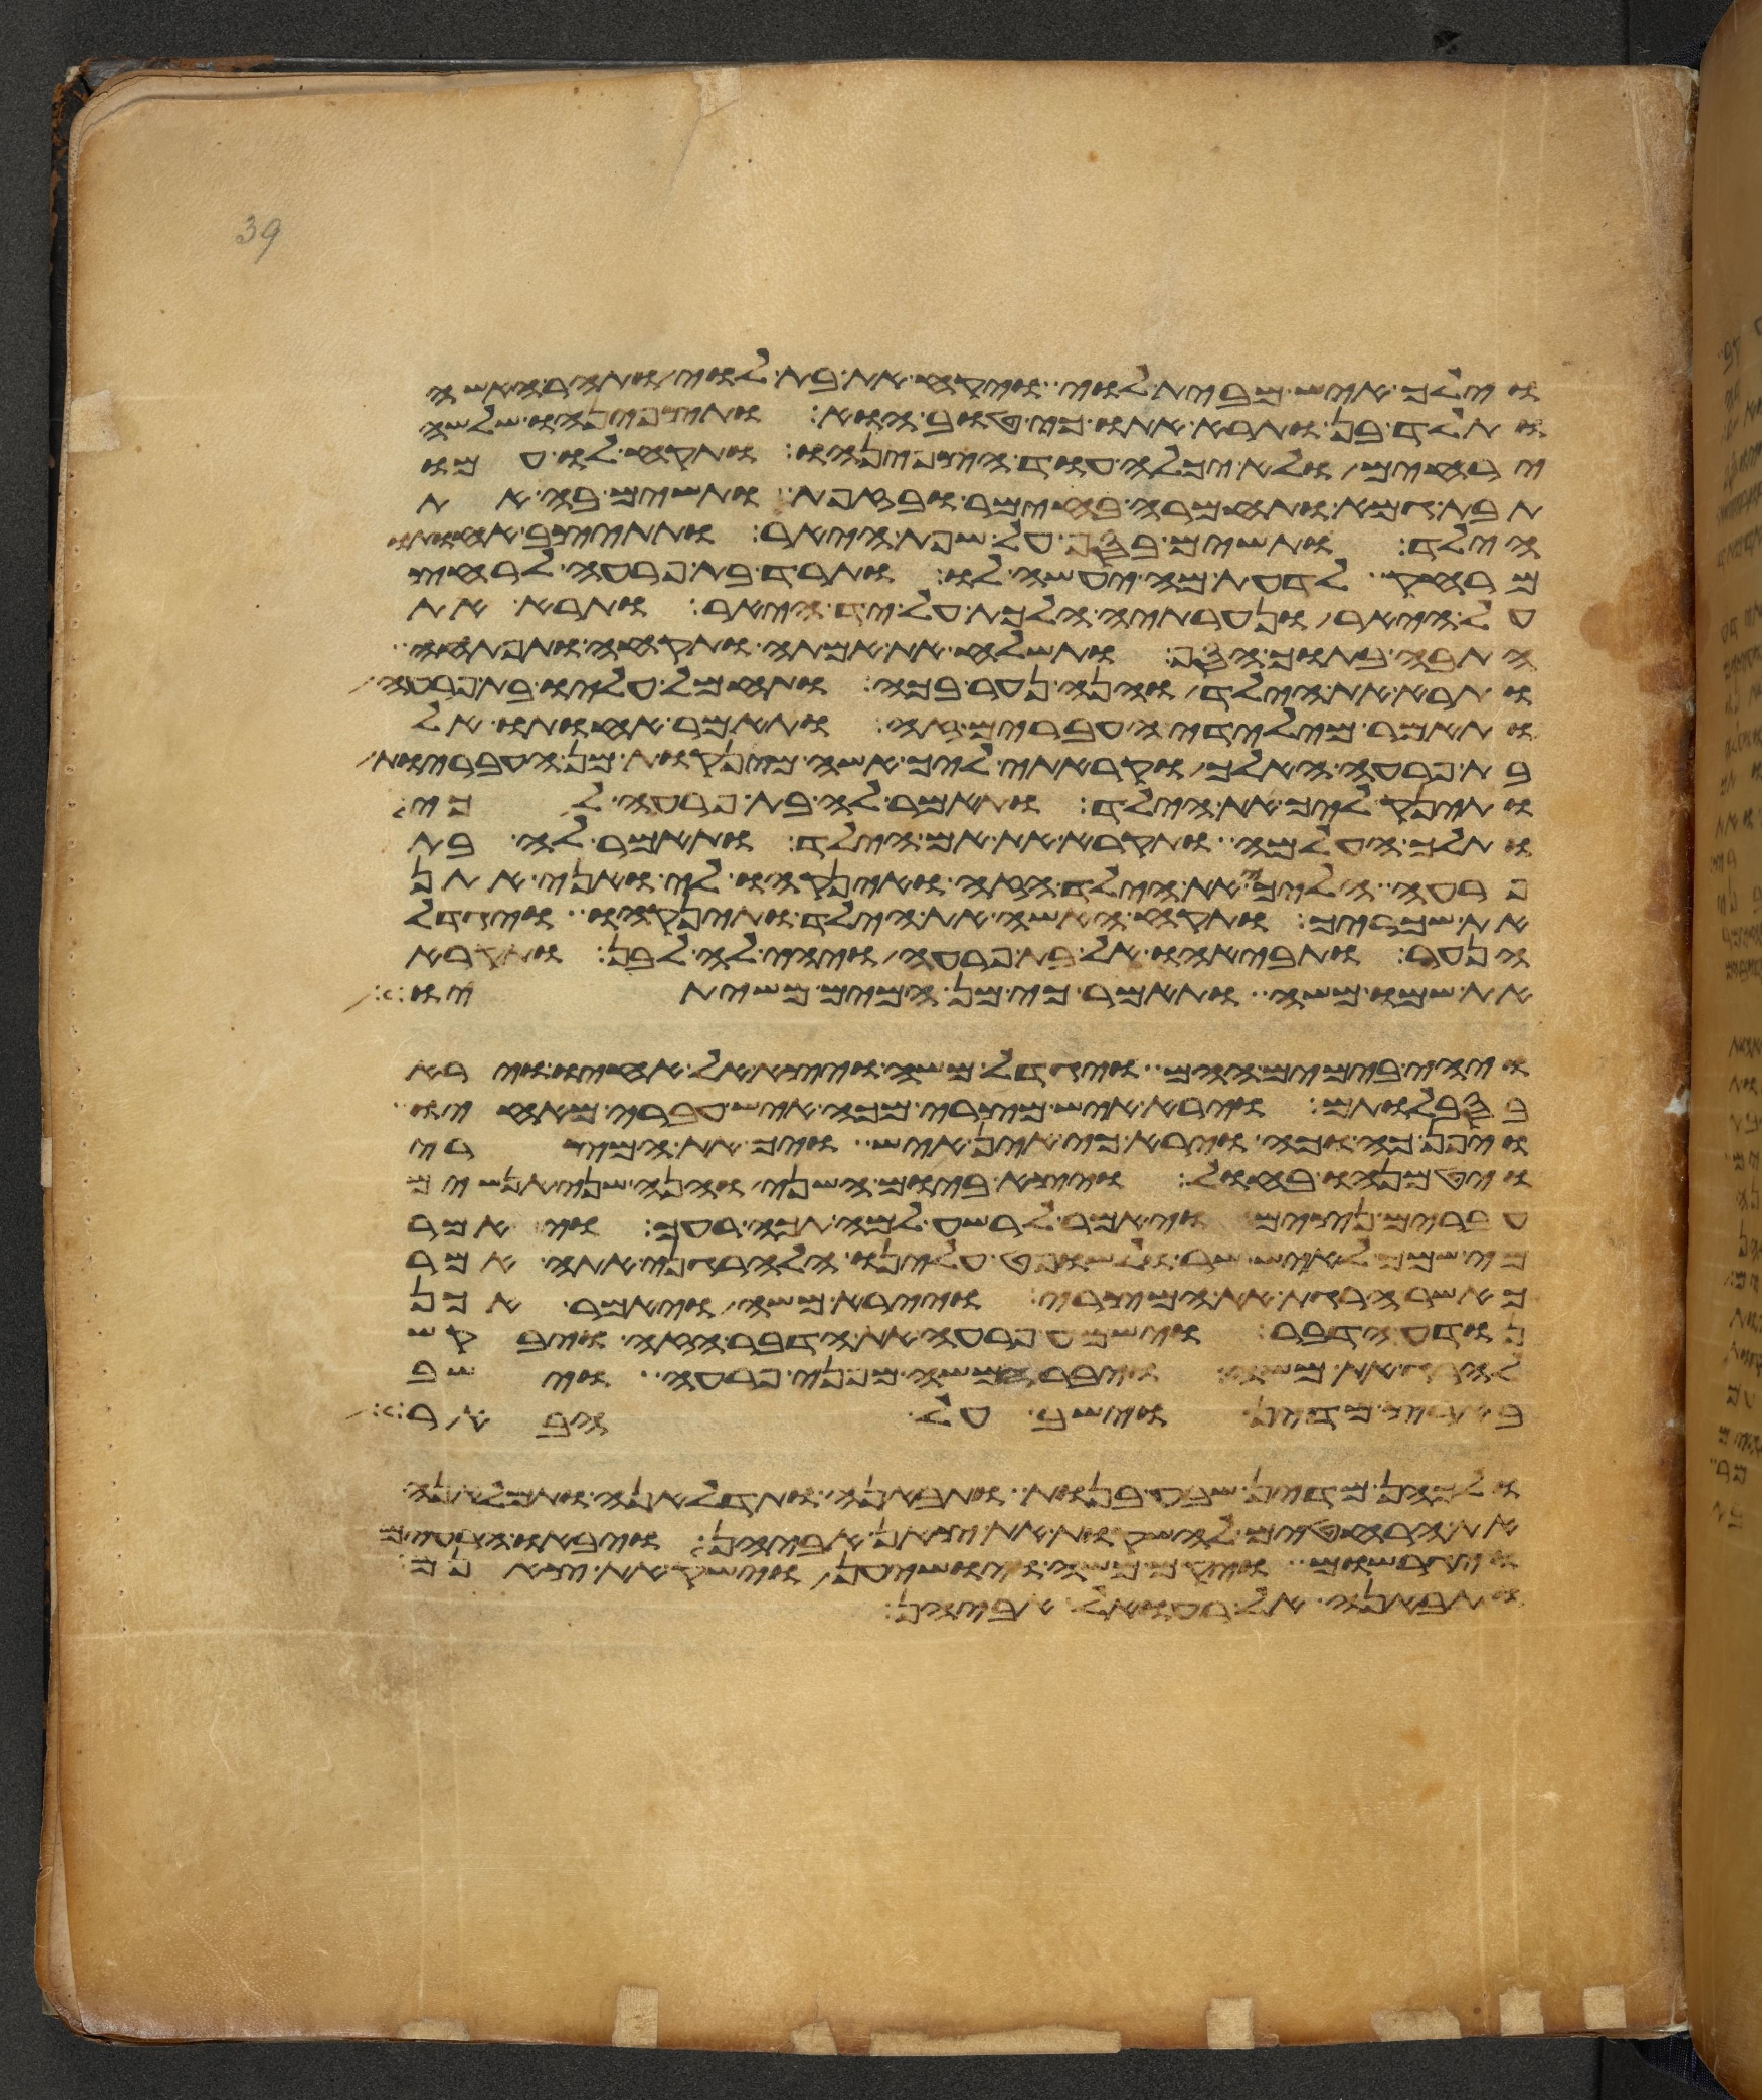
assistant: וילך איש מבית לוי ויקח את בת לוי ותהר האשה
ותלד בן ותרא אתו כי טוב הוא ותצפנהו שלשה
ירחים ולא יכלה עוד הצפנהו ותקח לו אמו
תבת גמא ותחמרה בחימר ובזפת ותשם בה את
הילד ותשם בסף על שפת היאר ותתיצב אחותו
מרחק לדעת מה יעשה לו ותרד בת פרעה לרחץ
על היאר ונערתיה הלכת על יד היאר ותרא את
התבה בתוך הסף ותשלח את אמתה ותקחה ותפתחה
ותרא את הילד והנה נער בכה ותחמל עליו בת פרעה
ותאמר מילדי העברים זה ותאמר אחותו אל
בת פרעה האלך וקראתי ליך אשה מינקות מן העבריות
ותינק ליך את הילד ותאמר לה בת פרעה לכי
ותלך העלמה ותקרא את אם הילד ותאמר לה בת
פרעה הלכי את הילד הזה והנקהו לי ואני אתן
את שכריך ותקח האשה את הילד ותינקהו ויגדל
הנער ותבאהו אל בת פרעה ויהי לה לבן ותקרא
את שמו משה ותאמר כי מן המים משיתיו
ויהי בימים ההם ויגדל משה ויצא אל אחיו וירא
בסבלותם וירא איש מצרי מכה איש עברי מאחיו
ויפן כה וכה וירא כי אין איש ויך את המצרי
ויטמנהו בחול ויצא ביום השני והנה שני אנשים
עברים נצים ויאמר לרשע למה תכה רעך ויאמר
מי שמך לאיש שר ולשופט עלינו הלהרגני אתה אמר
כאשר הרגת את המצרי ויירא משה ויאמר אכן
נודע הדבר וישמע פרעה את הדבר הזה ויבקש
להרג את משה ויברח משה מפני פרעה וישב
בארץ מדין וישב על הבאר
ולכהן מדין שבע בנות ותבאנה ותדלאנה ותמלאנה
את הרחטים להשקות את צאן אביהן ויבאו הרעים
ויגרשום ויקם משה ויושיענה וישק את צאנם
ותבאנה אל רעואל אביהן